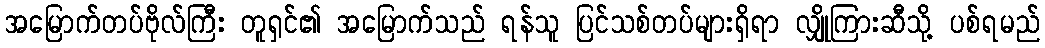
အမြောက်တပ်ဗိုလ်ကြီး တူရှင်၏ အမြောက်သည် ရန်သူ ပြင်သစ်တပ်များရှိရာ လျှိုကြားဆီသို့ ပစ်ရမည်